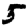
Digit: 5